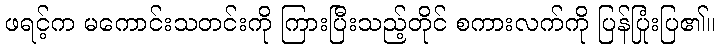
ဖရင့်က မကောင်းသတင်းကို ကြားပြီးသည့်တိုင် စကားလက်ကို ပြန်ပြုံးပြ၏။